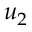
u _ { 2 }